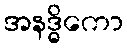
အနဒ္ဓိကော